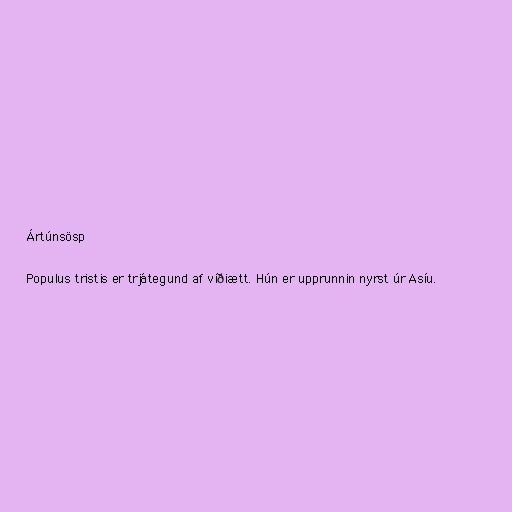
Ártúnsösp

Populus tristis er trjátegund af víðiætt. Hún er upprunnin nyrst úr Asíu.